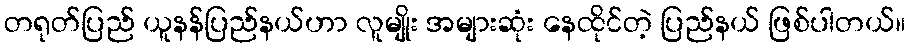
တရုတ်ပြည် ယူနန်ပြည်နယ်ဟာ လူမျိုး အများဆုံး နေထိုင်တဲ့ ပြည်နယ် ဖြစ်ပါတယ်။